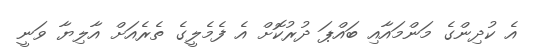
އެ ކުދިންގެ މަންމައާއި ބައްޕަ ދުރުކޮށް އެ ފެމެލީގެ ތެރެއަށް އާލިޔާ ވަނީ